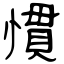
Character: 慣